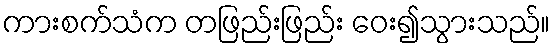
ကားစက်သံက တဖြည်းဖြည်း ဝေး၍သွားသည်။